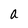
Character: a